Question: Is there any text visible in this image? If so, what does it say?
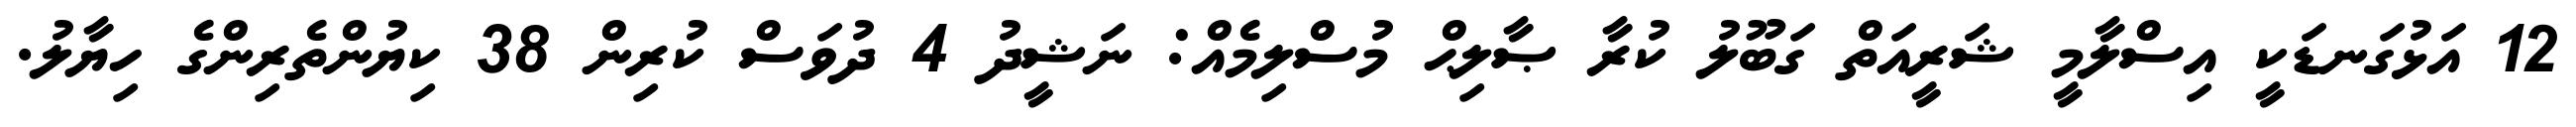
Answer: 12 އަޅުގަނޑަކީ އިސްލާމީ ޝަރީއަތް ގަބޫލު ކުރާ ޞާލިޙް މުސްލިމެއް: ނަޝީދު 4 ދުވަސް ކުރިން 38 ކިޔުންތެރިންގެ ހިޔާލު.